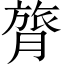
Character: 膂